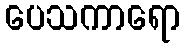
ပေသကာရော